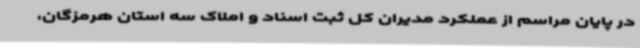
در پایان مراسم از عملکرد مدیران کل ثبت اسناد و املاک سه استان هرمزگان،